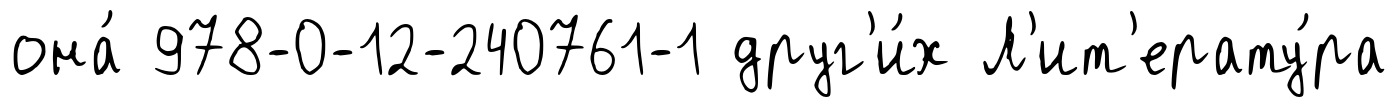
она́ 978-0-12-240761-1 друг'и́х Л'ит'ерату́ра